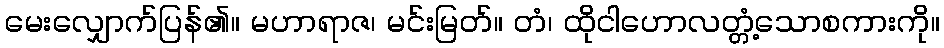
မေးလျှောက်ပြန်၏။ မဟာရာဇ၊ မင်းမြတ်။ တံ၊ ထိုငါဟောလတ္တံ့သောစကားကို။